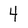
Character: 4